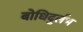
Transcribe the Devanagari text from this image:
बोधिदुर्लभ